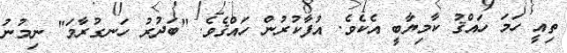
ތިއީ ހަމަ ހައްޤު ކާމިޔާބީ އެކެވެ. އުފާކުރުން ހައްޤެވެ. "ބަދުރު ހަނގުރާމަ" ނިމުނު